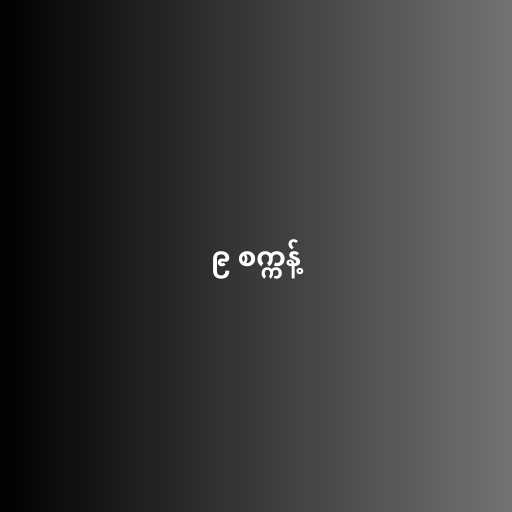
၉ စက္ကန့်